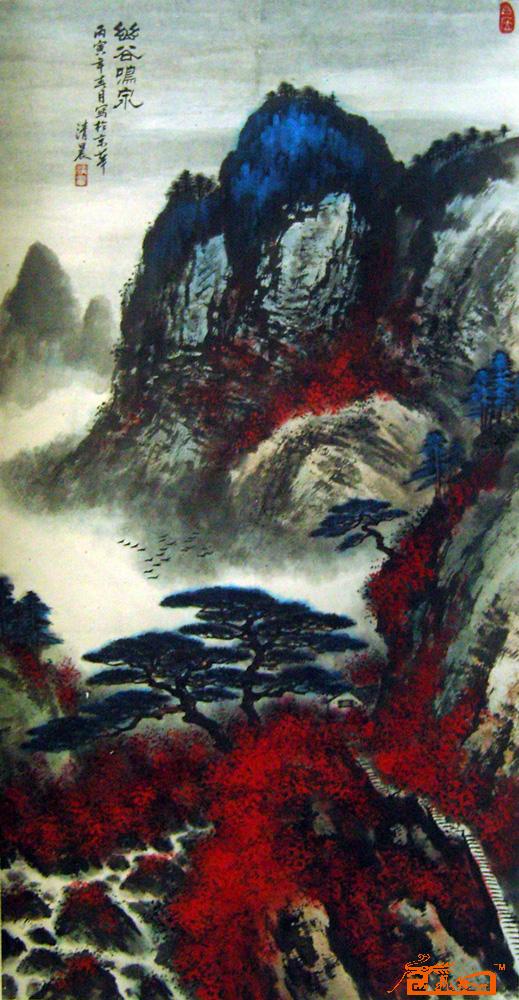
杪秋霜露重，晨起行幽谷。